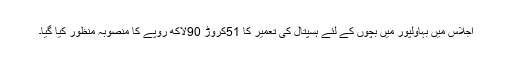
اجلاس میں بہاولپور میں بچوں کے لئے ہسپتال کی تعمیر کا 51کروڑ 90لاکھ روپے کا منصوبہ منظور کیا گیا۔